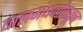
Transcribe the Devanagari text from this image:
बालगंधर्वांपासून